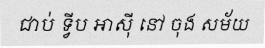
ជាប់ ទ្វីប អាស៊ី នៅ ចុង សម័យ